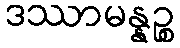
ဒဿာမန္နဉ္စ